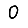
Digit: 0